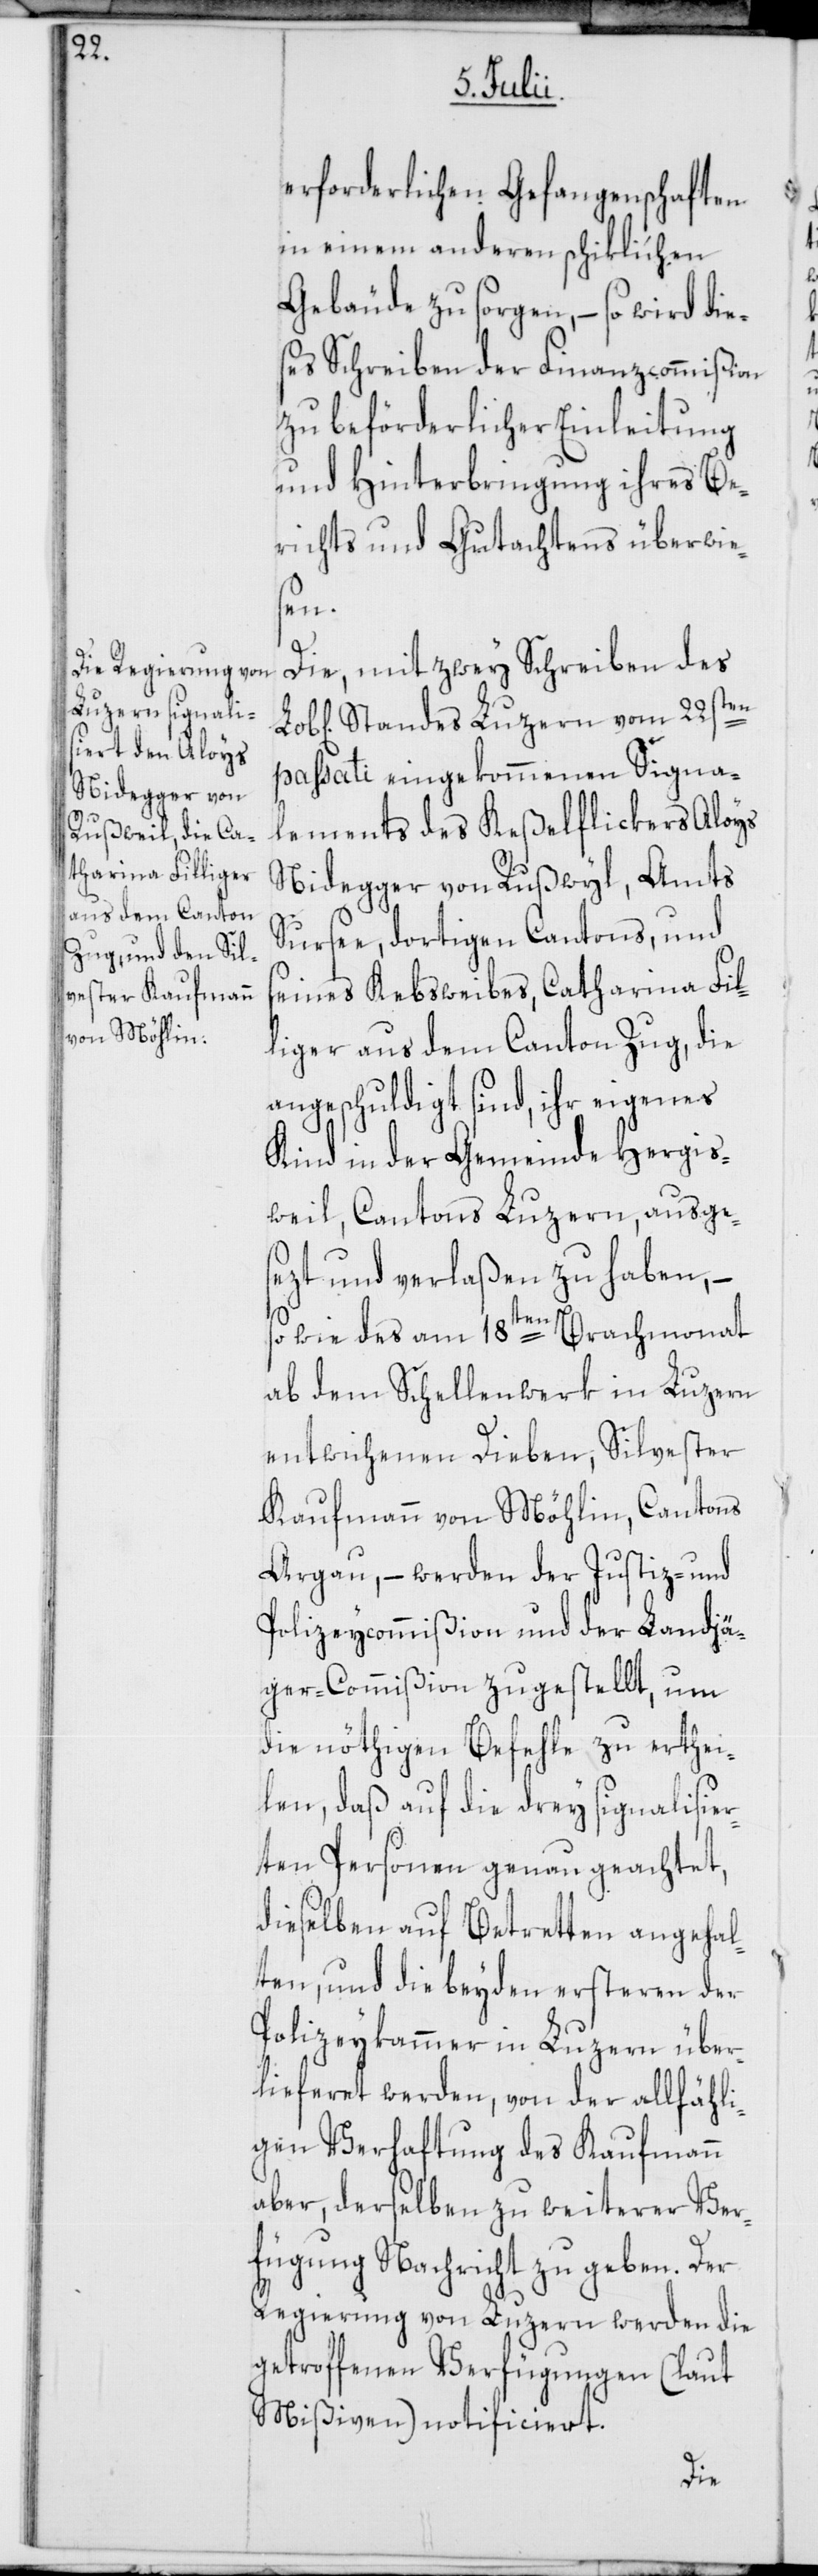
erforderlichen Gefangenschaften
in einem anderen schiklichen
Gebäude zu sorgen, – so wird die¬
ses Schreiben der Finanzcommißion
zu beförderlicher Einleitung
und Hinterbringung ihres Be¬
richts und Gutachtens überwie¬
sen.
Die, mit zwey Schreiben des
Standes Luzern vom 22sten
passati eingekommenen Signal¬
ements des Keßelflickers Aloys
Nidegger von Rußwyl, Amts
Sursee, dortigen Cantons, und
seines Kebsweibes, Catharina Fil¬
liger aus dem Canton Zug, die
angeschuldigt sind, ihr eigenes
Kind in der Gemeinde Hergis¬
weil, Cantons Luzern, ausge¬
sezt und verlaßen zu haben, –
so wie des am 18ten Brachmonat
ab dem Schellenwerk in Luzern
entwichenen Dieben, Silvester
Kaufmann von Möhlin, Cantons
Argau, – werden der Justiz- und
Polizeycommißion und der Landjä¬
ger-Commißion zugestellt, um
die nöthigen Befehle zu erthei¬
len, daß auf die drey signalisier¬
ten Personen genau geachtet,
dieselben auf Betretten angehal¬
ten, und die beyden ersteren der
Polizeykammer in Luzern über¬
lieferet werden, von der allfähli¬
gen Verhaftung des Kaufmann
aber, derselben zu weiterer Ver¬
fügung Nachricht zu geben. Der
Regierung von Luzern werden die
getroffenen Verfügungen (laut
Mißiven) notificiert.